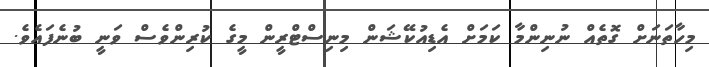
މިހާތަނަށް ގޮތެއް ނުނިންމާ ކަމަށް އެޑިއުކޭޝަން މިނިސްްޓްރީން މީގެ ކުރިންވެސް ވަނީ ބުނެފައެވެ.